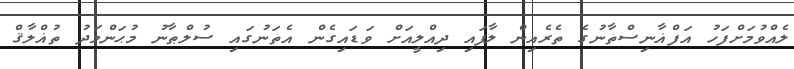
ލެއްވުމަށްފަހު އަފްޣާނިސްތާނުގެ ތެރެއިން ލާފައި ދިއްލީއަށް ވަޑައިގެން އެތަނުގައި ސުލްޠާނު މުޙަންމަދު ތުޣްލާޤް